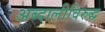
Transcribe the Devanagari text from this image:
अब्दालीविरुद्ध